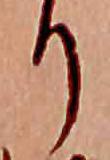
り